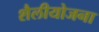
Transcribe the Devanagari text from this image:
शैलीयोजना